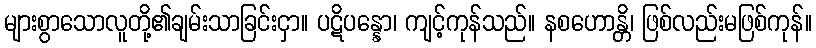
များစွာသောလူတို့၏ချမ်းသာခြင်းငှာ။ ပဋိပန္နော၊ ကျင့်ကုန်သည်။ နစဟောန္တိ၊ ဖြစ်လည်းမဖြစ်ကုန်။